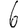
Digit: 6